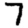
Digit: 7